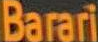
Barari